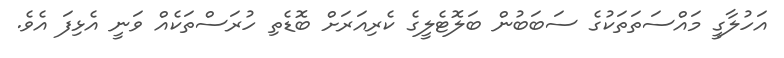
އަހުލާގީ މައްސަތަތަކުގެ ސަބަބުން ބަލޮޓެލީގެ ކެރިއަރަށް ބޮޑެތި ހުރަސްތަކެއް ވަނީ އެޅިފަ އެވެ.